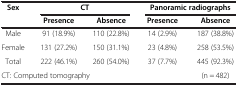
<table><thead><tr><td><b>Sex</b></td><td colspan="2"><b>CT</b></td><td colspan="2"><b>Panoramic radiographs</b></td></tr><tr><td><b> </b></td><td><b>Presence</b></td><td><b>Absence</b></td><td><b>Presence</b></td><td><b>Absence</b></td></tr></thead><tbody><tr><td>Male</td><td>91 (18.9%)</td><td>110 (22.8%)</td><td>14 (2.9%)</td><td>187 (38.8%)</td></tr><tr><td>Female</td><td>131 (27.2%)</td><td>150 (31.1%)</td><td>23 (4.8%)</td><td>258 (53.5%)</td></tr><tr><td>Total</td><td>222 (46.1%)</td><td>260 (54.0%)</td><td>37 (7.7%)</td><td>445 (92.3%)</td></tr><tr><td colspan="4">CT: Computed tomography</td><td>(n = 482)</td></tr></tbody></table>